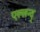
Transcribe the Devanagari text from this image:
एल्लन्द्